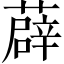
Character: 薜